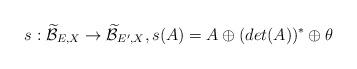
LaTeX: \begin{align*}s: \widetilde{\mathcal{B}}_{E,X}\rightarrow \widetilde{\mathcal{B}}_{E',X}, s(A)=A\oplus (det(A))^{*}\oplus\theta \end{align*}